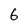
Character: 6